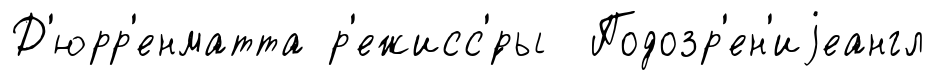
Д'юрр'енматта р'ежисс'́ры Подозр'ен'иjеангл